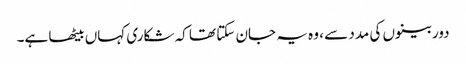
دوربینوں کی مدد سے ، وہ یہ جان سکتا تھا کہ شکاری کہاں بیٹھا ہے۔